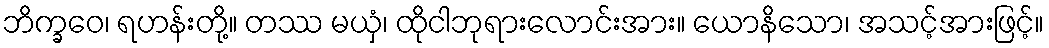
ဘိက္ခဝေ၊ ရဟန်းတို့။ တဿ မယှံ၊ ထိုငါဘုရားလောင်းအား။ ယောနိသော၊ အသင့်အားဖြင့်။